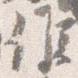
候